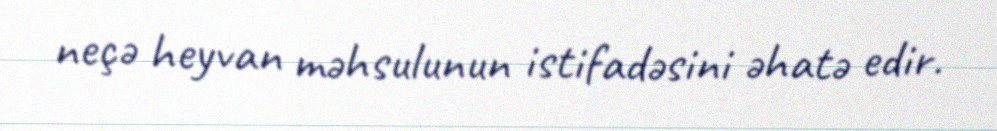
neçə heyvan məhsulunun istifadəsini əhatə edir.